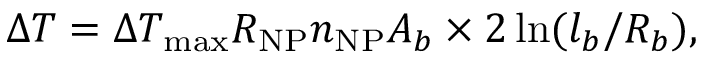
\Delta T = \Delta T _ { \mathrm { m a x } } R _ { \mathrm { N P } } n _ { \mathrm { N P } } A _ { b } \times 2 \ln ( l _ { b } / R _ { b } ) ,